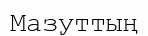
Мазуттың